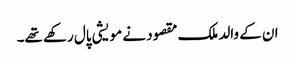
ان کے والد ملک مقصود نے مویشی پال رکھے تھے۔